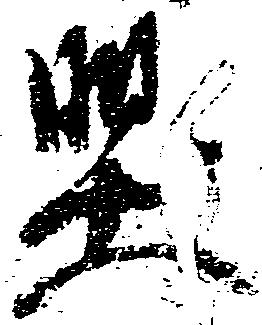
堅